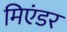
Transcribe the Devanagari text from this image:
मिएंडर